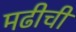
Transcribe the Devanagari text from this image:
मढीची